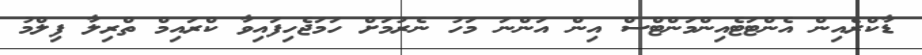
ޑާކްރެއިން އެންޓަޓެއިންމަންޓްސް އިން އަންނަ މަހު ނެރުމަށް ހަމަޖެހިފައިވާ ކްރައިމް ތްރިލާ ފިލްމު